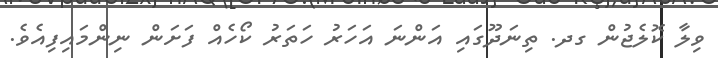
ވިލާ ކޮލެޖުން ގދ. ތިނަދޫގައި އަންނަ އަހަރު ހަތަރު ކޯހެއް ފަށަން ނިންމައިފިއެވެ.